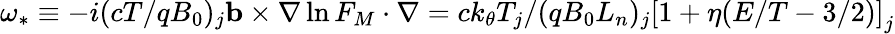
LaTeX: \omega_{*}\equiv-i(cT/qB_{0})_{j}\mathbf{b}\times\nabla\ln F_{M}\cdot\nabla=ck_{\theta}T_{j}/(qB_{0}L_{n})_{j}\left[1+\eta(E/T-3/2)\right]_{j}